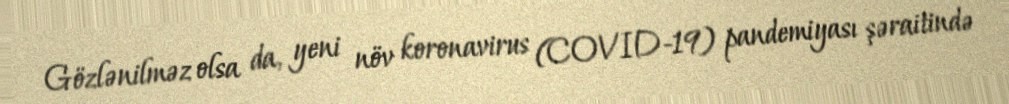
Gözlənilməz olsa da, yeni növ koronavirus (COVID-19) pandemiyası şəraitində